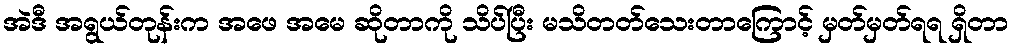
အဲဒီ အရွယ်တုန်းက အဖေ အမေ ဆိုတာကို သိပ်ပြီး မသိတတ်သေးတာကြောင့် မှတ်မှတ်ရရ ရှိတာ